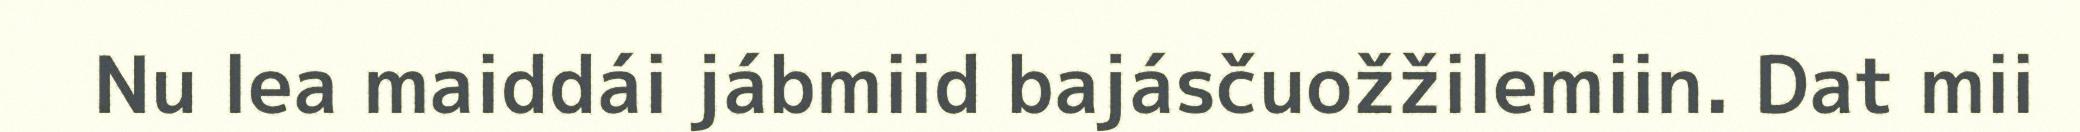
Nu lea maiddái jábmiid bajásčuožžilemiin. Dat mii